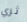
ثري